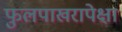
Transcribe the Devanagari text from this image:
फुलपाखरापेक्षा